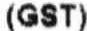
(GST)